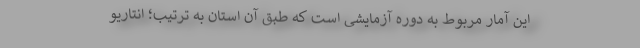
این آمار مربوط به دوره آزمایشی است که طبق آن استان به ترتیب؛ انتاریو